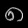
Digit: ၈